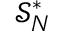
\mathcal { S } _ { N } ^ { * }